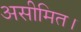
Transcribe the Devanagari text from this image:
असीमित।